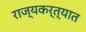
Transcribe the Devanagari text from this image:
राज्यकर्त्यात